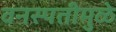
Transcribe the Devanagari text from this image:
वनस्पतीमुळे